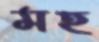
মহ